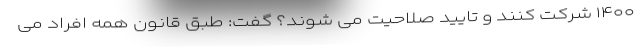
۱۴۰۰ شرکت کنند و تایید صلاحیت می شوند؟ گفت: طبق قانون همه افراد می